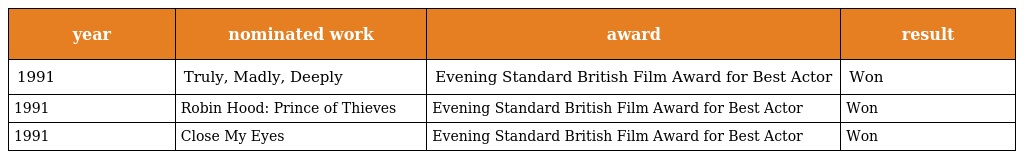
| year | nominated work | award | result |
 | --- | --- | --- | --- |
 | 1991 | Truly, Madly, Deeply | Evening Standard British Film Award for Best Actor | Won |
 | 1991 | Robin Hood: Prince of Thieves | Evening Standard British Film Award for Best Actor | Won |
 | 1991 | Close My Eyes | Evening Standard British Film Award for Best Actor | Won |